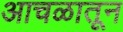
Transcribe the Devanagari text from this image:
आचळातून